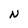
Character: N